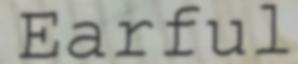
Earful